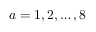
a = 1 , 2 , \dots , 8